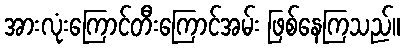
အားလုံးကြောင်တီးကြောင်အမ်း ဖြစ်နေကြသည်။